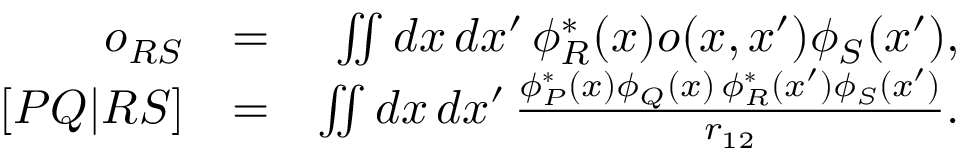
\begin{array} { r l r } { o _ { R S } } & { = } & { \iint d x \, d x ^ { \prime } \, \phi _ { R } ^ { * } ( x ) o ( x , x ^ { \prime } ) \phi _ { S } ( x ^ { \prime } ) , } \\ { \left[ P Q | R S \right] } & { = } & { \iint d x \, d x ^ { \prime } \, \frac { \phi _ { P } ^ { * } ( x ) \phi _ { Q } ( x ) \, \phi _ { R } ^ { * } ( x ^ { \prime } ) \phi _ { S } ( x ^ { \prime } ) } { r _ { 1 2 } } . } \end{array}